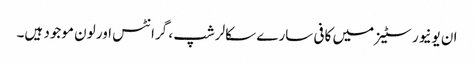
ان یونیورسٹیز میں کافی سارے سکالرشپ ، گرانٹس اور لون موجود ہیں۔